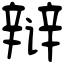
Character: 辩